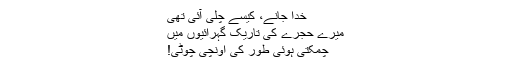
خدا جانے، کیسے چلی آئی تھی
میرے حجرے کی تاریک گہرائیوں میں
چمکتی ہوئی طور کی اونچی چوٹی!